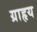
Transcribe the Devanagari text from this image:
ग्राहृय